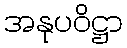
အနုပဝိဋ္ဌာ